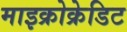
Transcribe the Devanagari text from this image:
माइक्रोक्रेडिट